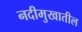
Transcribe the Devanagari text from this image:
नदीमुखातील